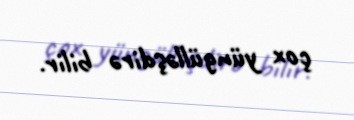
çox yüngülləşdirə bilir.